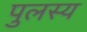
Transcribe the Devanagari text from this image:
पुलस्य